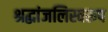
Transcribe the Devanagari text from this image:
श्रद्धांजलिस्वरूप